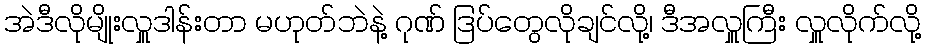
အဲဒီလိုမျိုးလှူဒါန်းတာ မဟုတ်ဘဲနဲ့ ဂုဏ် ဒြပ်တွေလိုချင်လို့၊ ဒီအလှူကြီး လှူလိုက်လို့